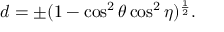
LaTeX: d = \pm ( 1 - \cos ^ { 2 } { \theta } \cos ^ { 2 } { \eta } ) ^ { \frac { 1 } { 2 } } .